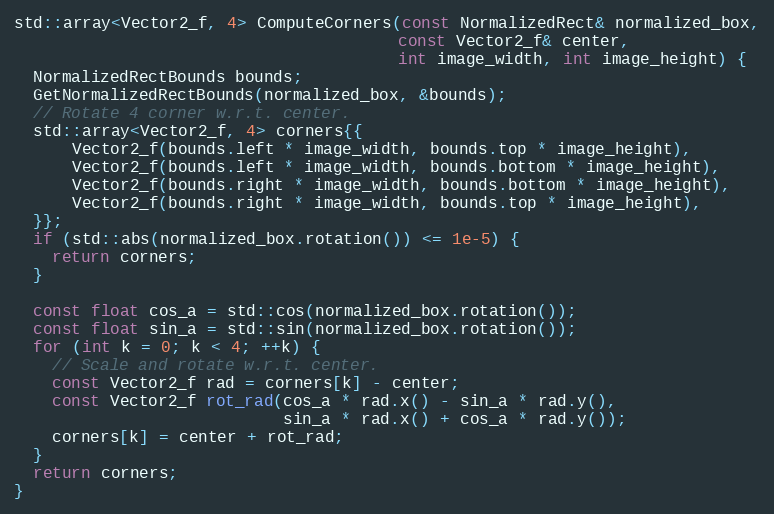
Language: C++
std::array<Vector2_f, 4> ComputeCorners(const NormalizedRect& normalized_box,
                                        const Vector2_f& center,
                                        int image_width, int image_height) {
  NormalizedRectBounds bounds;
  GetNormalizedRectBounds(normalized_box, &bounds);
  // Rotate 4 corner w.r.t. center.
  std::array<Vector2_f, 4> corners{{
      Vector2_f(bounds.left * image_width, bounds.top * image_height),
      Vector2_f(bounds.left * image_width, bounds.bottom * image_height),
      Vector2_f(bounds.right * image_width, bounds.bottom * image_height),
      Vector2_f(bounds.right * image_width, bounds.top * image_height),
  }};
  if (std::abs(normalized_box.rotation()) <= 1e-5) {
    return corners;
  }

  const float cos_a = std::cos(normalized_box.rotation());
  const float sin_a = std::sin(normalized_box.rotation());
  for (int k = 0; k < 4; ++k) {
    // Scale and rotate w.r.t. center.
    const Vector2_f rad = corners[k] - center;
    const Vector2_f rot_rad(cos_a * rad.x() - sin_a * rad.y(),
                            sin_a * rad.x() + cos_a * rad.y());
    corners[k] = center + rot_rad;
  }
  return corners;
}